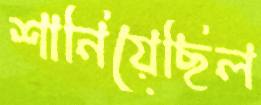
শানিয়েছিল